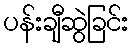
ပန်းချီဆွဲခြင်း